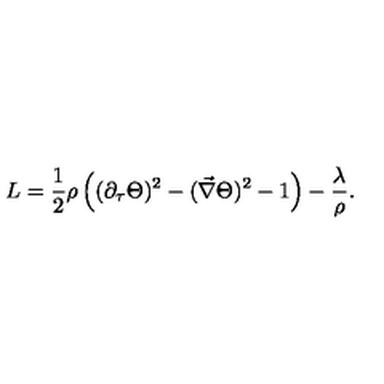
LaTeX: L = \frac { 1 } { 2 } \rho \left( ( \partial _ { \tau } \Theta ) ^ { 2 } - ( \vec { \nabla } \Theta ) ^ { 2 } - 1 \right) - \frac { \lambda } { \rho } .